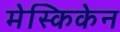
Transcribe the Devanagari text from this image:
मेस्किकेन